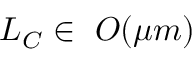
L _ { C } \in ~ O ( \mu m )